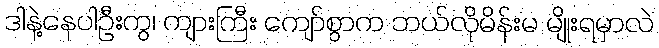
ဒါနဲ့နေပါဦးကွ၊ ကျားကြီး ကျော်စွာက ဘယ်လိုမိန်းမ မျိုးရမှာလဲ